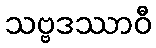
သဗ္ဗဒဿာဝီ